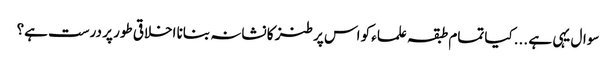
سوال یہی ہے ...کیا تمام طبقہ علماء کو اس پر طنز کا نشانہ بنانا اخلاقی طور پر درست ہے؟